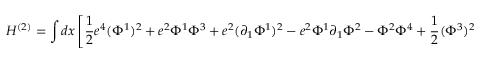
H ^ { ( 2 ) } = \int d x \left[ \frac { 1 } { 2 } e ^ { 4 } ( \Phi ^ { 1 } ) ^ { 2 } + e ^ { 2 } \Phi ^ { 1 } \Phi ^ { 3 } + e ^ { 2 } ( \partial _ { 1 } \Phi ^ { 1 } ) ^ { 2 } - e ^ { 2 } \Phi ^ { 1 } \partial _ { 1 } \Phi ^ { 2 } - \Phi ^ { 2 } \Phi ^ { 4 } + \frac { 1 } { 2 } ( \Phi ^ { 3 } ) ^ { 2 } \right] .